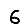
Digit: 6